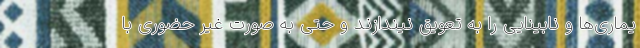
یماری‌ها و نابینایی را به تعویق نیندازند و حتی به صورت غیر حضوری با